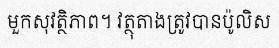
មួកសុវត្ថិភាព។ វត្ថុតាងត្រូវបានប៉ូលិស